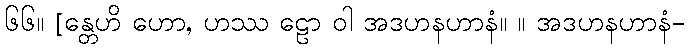
၆၆။ [န္တေဟိ ဟော, ဟဿ ဠော ဝါ အဒဟနဟာနံ။ ။ အဒဟနဟာနံ-